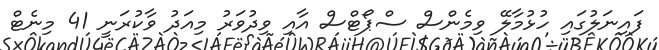
ފައިނަލުގައި ހުޅުމާލޭ ވިމެންސް ސްޕޯޓްސް އާއި ވިދުވަރު މިއަދު ވާކުރަނީ 41 މިނެޓް